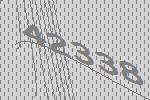
42338